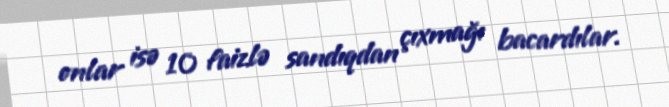
onlar isə 10 faizlə sandıqdan çıxmağı bacardılar.